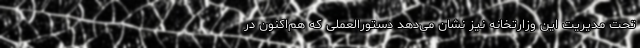
تحت مدیریت این وزارتخانه نیز نشان می‌دهد دستورالعملی که هم‌اکنون در